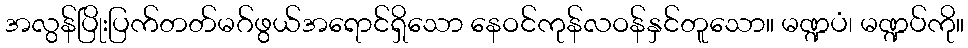
အလွန်ပြိုးပြက်တတ်မဂ်ဖွယ်အရောင်ရှိသော နေဝင်ကုန်လဝန်နှင်တူသော။ မဏ္ဍပံ၊ မဏ္ဍပ်ကို။